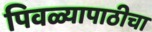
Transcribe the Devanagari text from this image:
पिवळ्यापाठीचा